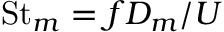
\mathrm { S t } _ { m } = f D _ { m } / U